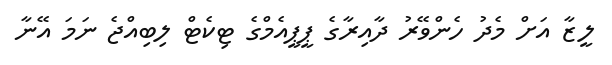
ލީޒާ އަށް މެދު ހެންވޭރު ދާއިރާގެ ޕީޕީއެމްގެ ޓިކެޓް ލިބިއްޖެ ނަމަ އޭނާ